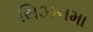
સિઝનમા